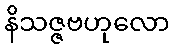
နိသဇ္ဇဗဟုလော